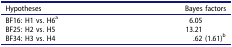
| Hypotheses | Bayes factors |
 | --- | --- |
 | BF16: H1 vs. H6a | 6.05 |
 | BF25: H2 vs. H5 | 13.21 |
 | BF34: H3 vs. H4 | .62 (1.61)b |